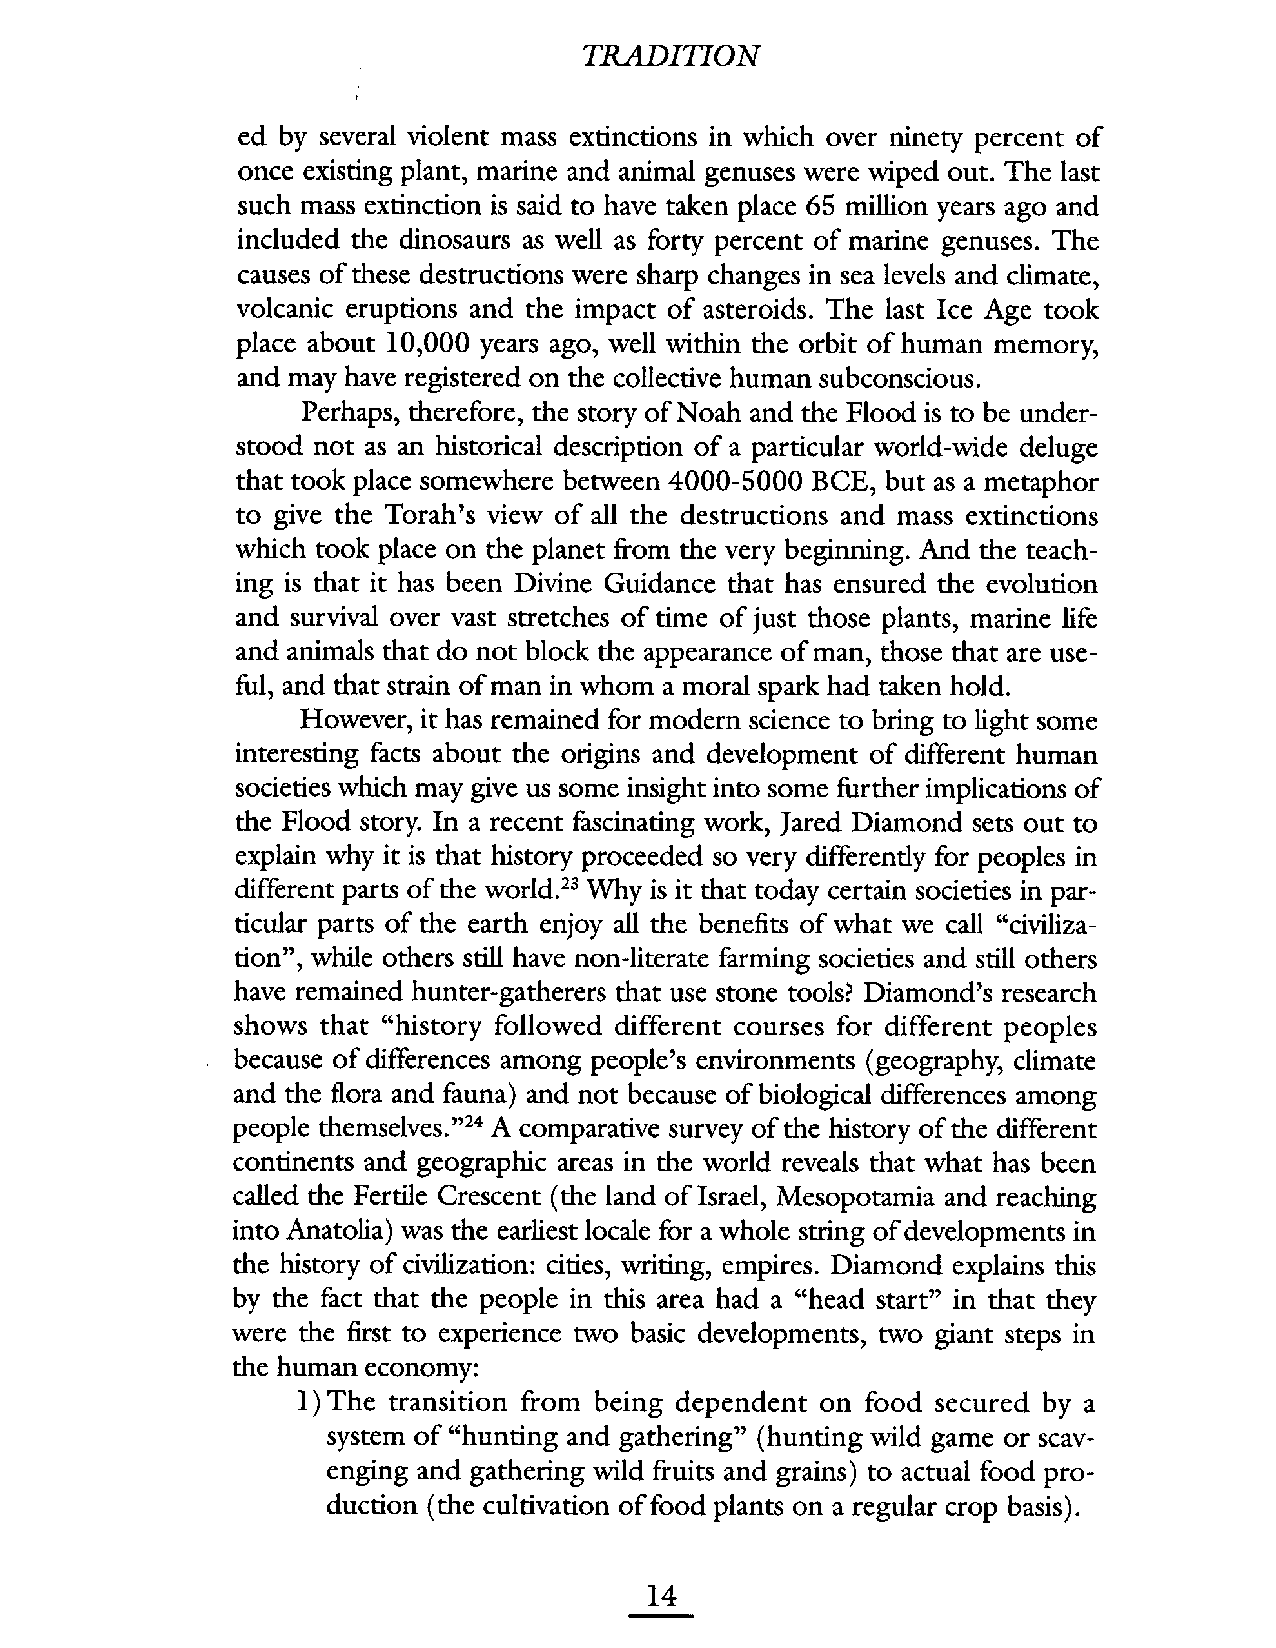
TRAITION
 ed by several violent mass extinctions in which over ninety percent of
 once existing plant, marine and animal genuses were wiped out. The last
 such mass extinction is said to have taken place 65 milion years ago and
 included the dinosaurs as well as forty percent of marine genuses. The
 causes of these destructions were sharp changes in sea levels and climate,
 volcanic eruptions and the impact of asteroids. The last Ice Age took
 place about 10,000 years ago, well withn the orbit of human memory,
 and may have regIstered on the collective human subconscious.
 Noah and the Flood is to be under-
 Perhaps, therefore, the story of
 stood not as an historical description of a particular world-wide deluge
 that took place somewhere between 4000-5000 BCE, but as a metaphor
 to give the Torah's view of all the destructions and mass extinctions
 which took place on the planet from the very beginning. And the teach-
 ing is that it has been Divine Guidance that has ensured the evolution
 and survival over vast stretches of time of just those plants, marine life
 and animals that do not block the appearance of man, those that are use-
 ful, and that strain of man in whom a moral spark had taken hold.
 However, it has remained for modern science to bring to light some
 interesting facts about the origins and development of different human
 societies which may give us some insight into some further implications of
 the Flood story. In a recent fascinating work, Jared Diamond sets out to
 explain why it is that history proceeded so very differently for peoples in
 different parts of the world.23 Why is it that today certain societies in par-
 ticular parts of the earth enjoy al the benefits of what we cal "civiliza-
 tion", whie others stil have non-literate farming societies and still others
 have remained hunter-gatherers that use stone tools? Diamond's research
 shows that "history followed different courses for different peoples
 because of differences among people's environments (geography, climate
 and the flora and fauna) and not because of biological differences among
 people themselves. "24 A comparative survey of the history of the different
 continents and geographic areas in the world reveals that what has been
 called the Fertie Crescent (the land of Israel, Mesopotamia and reaching
 into Anatolia) was the earliest locale for a whole strng of developments in
 the history of civization: cities, wrting, empires. Diamond explains ths
 by the fact that the people in ths area had a "head start" in that they
 were the first to experience two basic developments, two giant steps in
 the human economy:
 I) The transition from being dependent on food secured by a
 system of "hunting and gathering" (hunting wild game or scav-
 enging and gathering wild fruits and grains) to actual food pro-
 duction (the cultivation offood plants on a regular crop basis).
 14